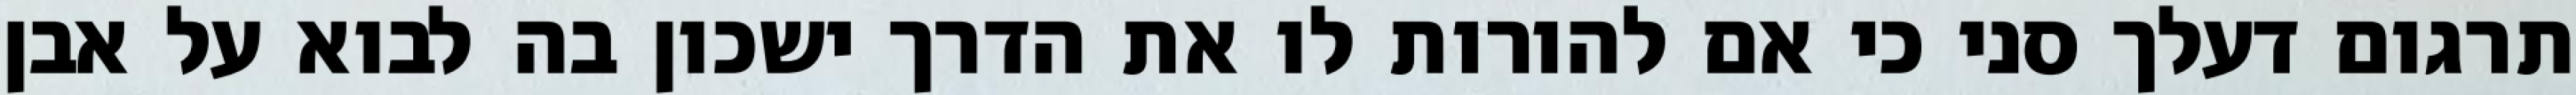
תרגום דעלך סני כי אם להורות לו את הדרך ישכון בה לבוא על אבן